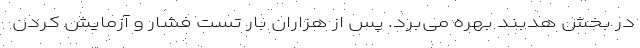
در بخش هدبند بهره می‌برد. پس از هزاران بار تست فشار و آزمایش کردن